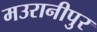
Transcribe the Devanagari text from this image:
मउरानीपुर